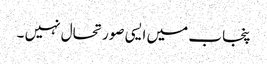
پنجاب میں ایسی صورتحال نہیں ۔